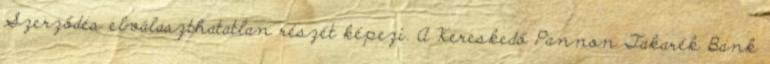
Szerződés elválaszthatatlan részét képezi. A Kereskedő Pannon Takarék Bank